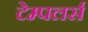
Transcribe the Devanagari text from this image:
टेम्पलर्स